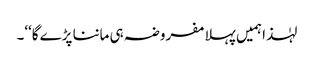
لہٰذا ہمیں پہلا مفروضہ ہی ماننا پڑے گا‘‘۔